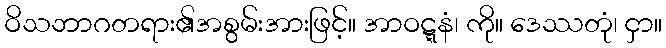
ဝိသဘာဂတရား၏အစွမ်းအားဖြင့်။ အာဝဋ္ဋနံ၊ ကို။ ဒေဿတုံ၊ ငှာ။